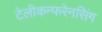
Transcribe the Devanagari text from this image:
टेलीकन्फरेनसिंग